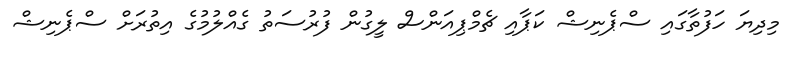
މިދިޔަ ހަފުތާގައި ސްޕެނިޝް ކަޕާއި ޗެމްޕިއަންސް ލީގުން ފުރުސަތު ގެއްލުމުގެ އިތުރަށް ސްޕެނިޝް